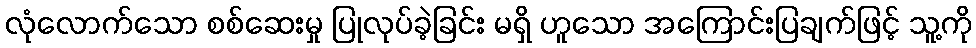
လုံလောက်သော စစ်ဆေးမှု ပြုလုပ်ခဲ့ခြင်း မရှိ ဟူသော အကြောင်းပြချက်ဖြင့် သူ့ကို